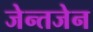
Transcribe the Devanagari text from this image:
जेन्तजेन